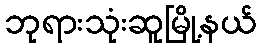
ဘုရားသုံးဆူမြို့နယ်